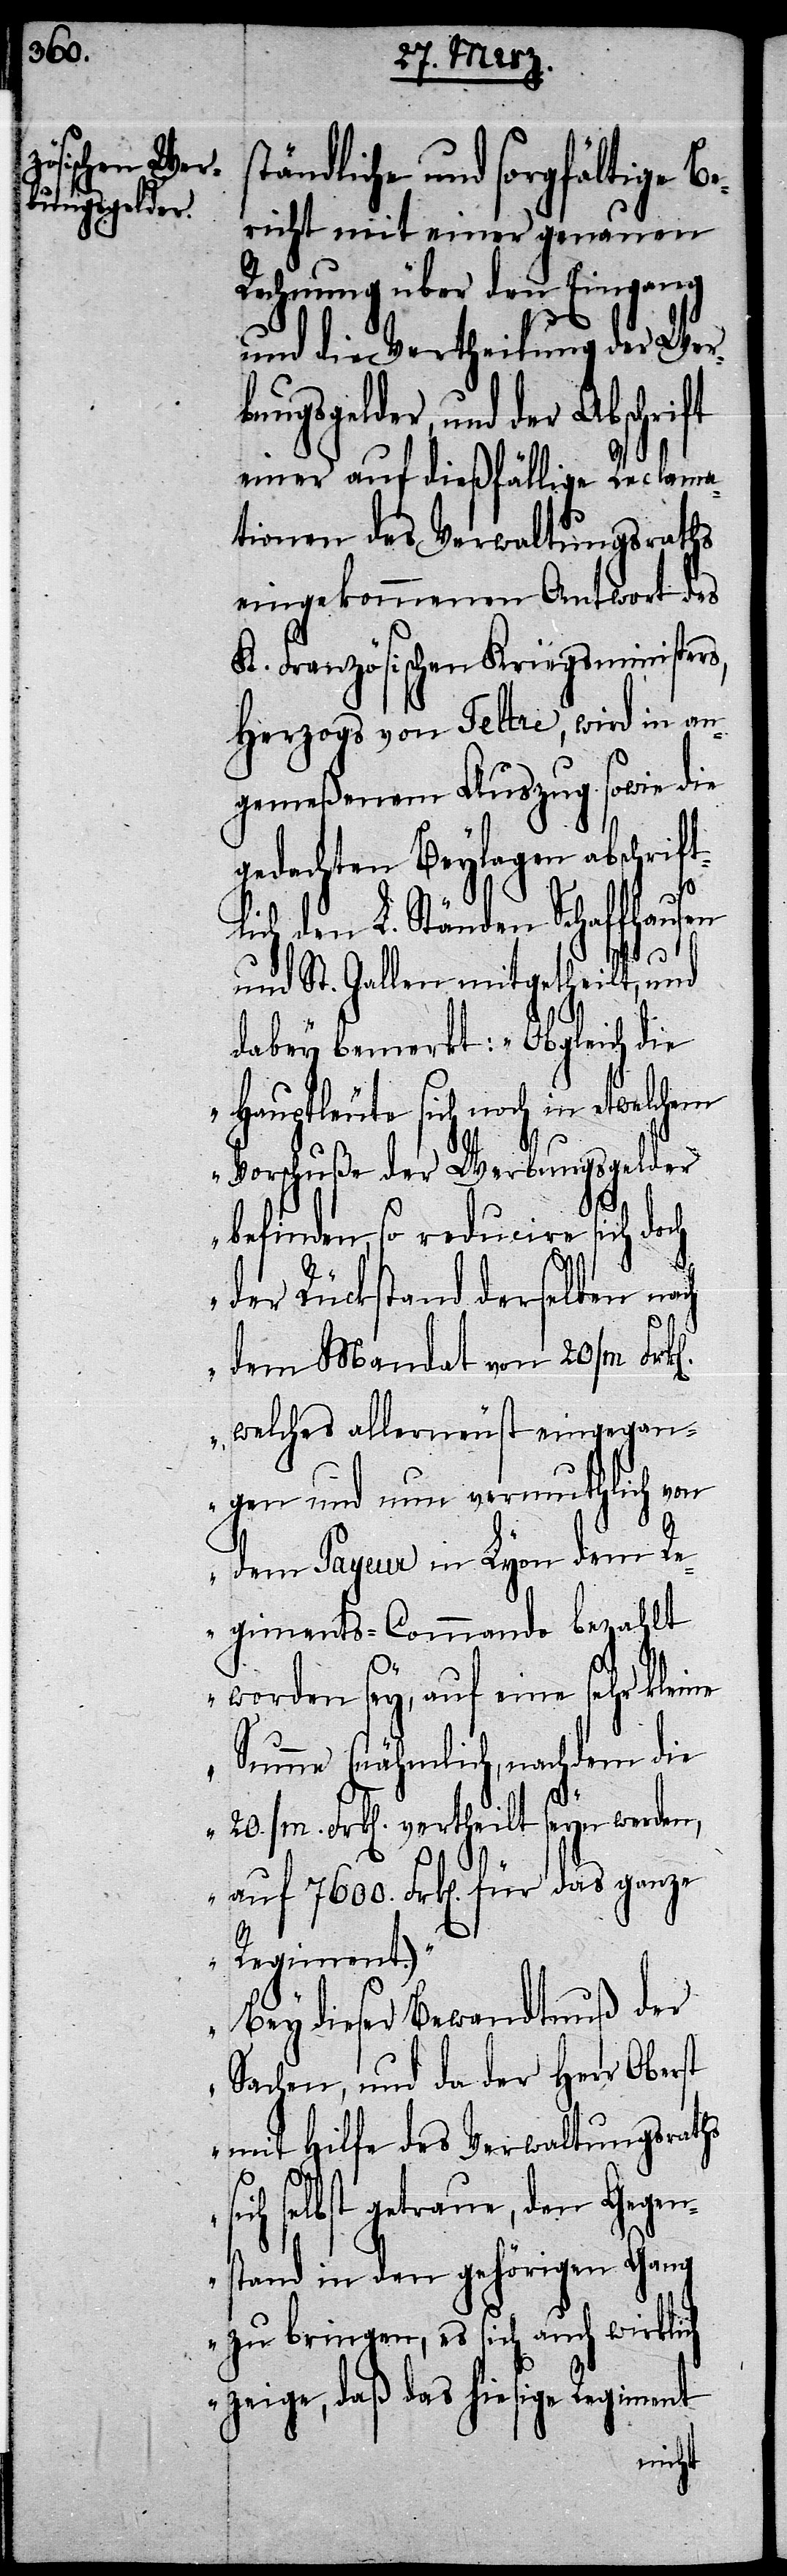
7600.

tändliche und sorgfältige Be¬
richt mit einer genauen
Rechnung über den Eingang
und die Vertheilung der Werb¬
ungsgelder, und der Abschrift
einer auf dießfällige Reclama¬
tionen des Verwaltungsraths
eingekommenen Antwort des
K. Französischen Kriegsministers,
Herzogs von Feltre, wird in an¬
gemeßenem Auszug sowie die
gedachten Beylagen abschrif¬
ich den L. Ständen Schaffhausen
und St. Gallen mitgetheilt, und
dabey bemerkt: „Obgleich die
Hauptleute sich noch in etwelchem
Vorschuße der Werbungsgelder
ganze
befinden, so reducire sich doch
der Rückstand derselben nach
dem Mandat von 20/m
welches allerneust eingegan¬
gen und nun vermuthlich von
dem Payeur in Lyon dem Re¬
giments-Commando bezahlt
worden sey, auf eine sehr kleine
Summe (nähmlich, nachdem die
20./m. Frk[en]. vertheilt seyn werden,
Regiment.)“
„Bey dieser Bewandnuß der
Sachen, und da der Herr Oberst
mit Hilfe des Verwaltungsraths
selbst getraue, den Gegen¬
stand in den gehörigen Gang
zu bringen, es sich auch wirklich
zeige, daß das hiesige Regiment